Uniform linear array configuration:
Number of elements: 32
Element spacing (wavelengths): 0.5
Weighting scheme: exponential
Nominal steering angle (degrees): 45
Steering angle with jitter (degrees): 44.34
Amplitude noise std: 0.05
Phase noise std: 0.05

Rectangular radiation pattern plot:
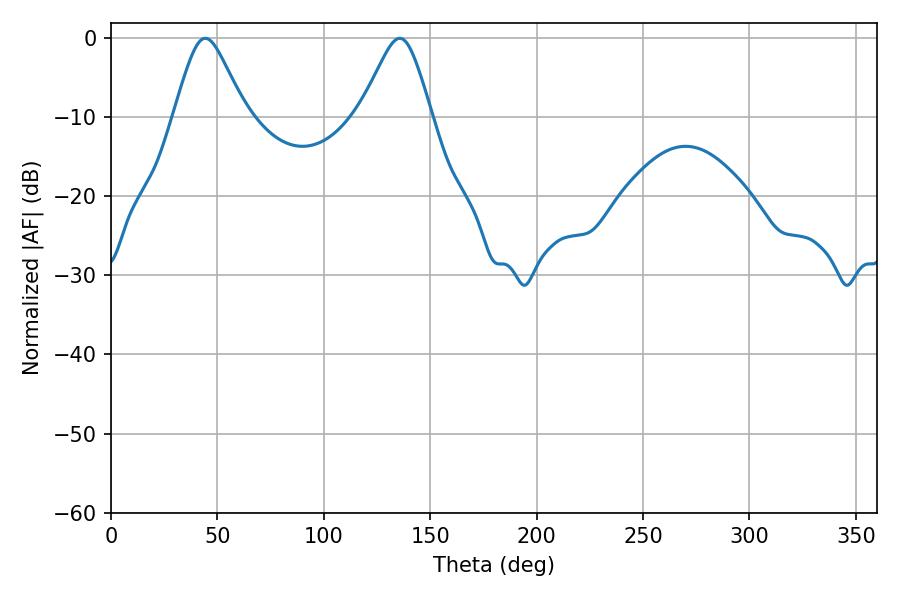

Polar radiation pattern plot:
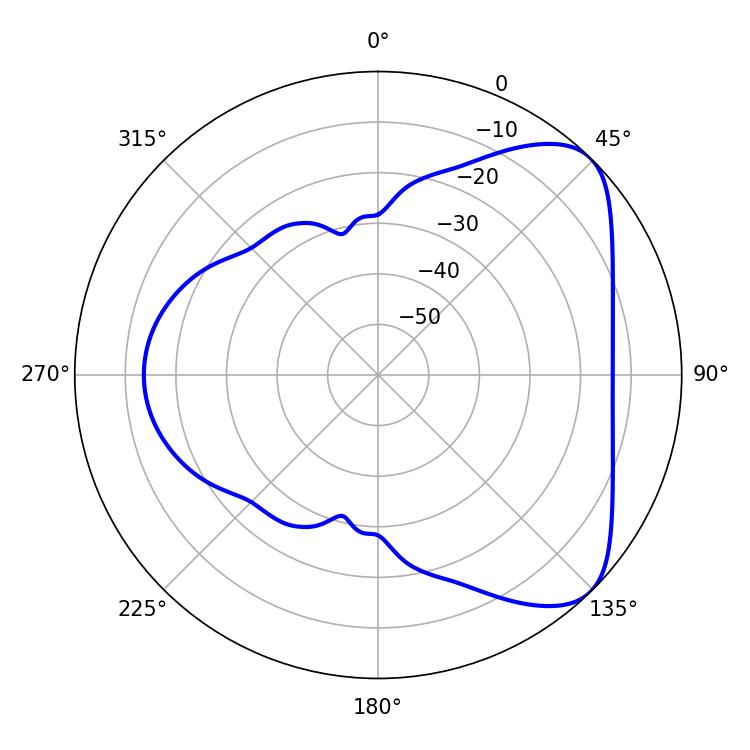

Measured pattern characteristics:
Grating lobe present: FALSE
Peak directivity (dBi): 6.164
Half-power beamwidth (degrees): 16.38
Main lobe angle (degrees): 44.28